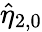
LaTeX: \hat{\eta}_{2,0}